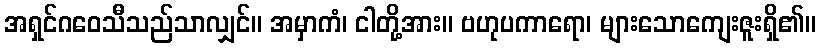
အရှင်ဂဝေသီသည်သာလျှင်။ အမှာကံ၊ ငါတို့အား။ ဗဟုပကာရော၊ များသောကျေးဇူးရှိ၏။